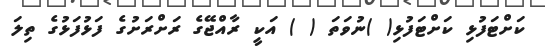
ކަށްޓަފުޅި ކަށްޓަފުޅި( )ނުވަތަ ( ) އަކީ ރާއްޖޭގެ ރަށްރަށުގެ ފަޅުފަޅުގެ ތިލަ